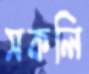
সকলি